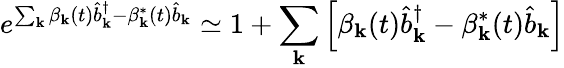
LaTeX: e^{\sum_{\mathbf{k}}\beta_{\mathbf{k}}(t)\hat{b}_{\mathbf{k}}^{\dagger}-\beta_{\mathbf{k}}^{*}(t)\hat{b}_{\mathbf{k}}}\simeq 1+\sum_{\mathbf{k}}\left[\beta_{\mathbf{k}}(t)\hat{b}_{\mathbf{k}}^{\dagger}-\beta_{\mathbf{k}}^{*}(t)\hat{b}_{\mathbf{k}}\right]